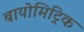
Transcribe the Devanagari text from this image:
बायोमिट्रिक